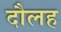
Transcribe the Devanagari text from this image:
दौलह